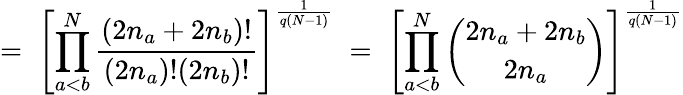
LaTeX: =\; \left[\prod_{a<b}^{N}\frac{(2n_{a}+2n_{b})!}{(2n_{a})!(2n_{b})!}\right]^{\frac{1}{q(N-1)}}\; =\; \left[\prod_{a<b}^{N}{\binom{2n_{a}+2n_{b}}{2n_{a}}}\right]^{\frac{1}{q(N-1)}}